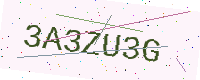
Text: 3A3ZU3G